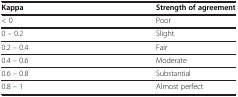
<table><thead><tr><td><b>Kappa</b></td><td><b>Strength of agreement</b></td></tr></thead><tbody><tr><td>&lt; 0</td><td>Poor</td></tr><tr><td>0 – 0.2</td><td>Slight</td></tr><tr><td>0.2 – 0.4</td><td>Fair</td></tr><tr><td>0.4 – 0.6</td><td>Moderate</td></tr><tr><td>0.6 – 0.8</td><td>Substantial</td></tr><tr><td>0.8 – 1</td><td>Almost perfect</td></tr></tbody></table>